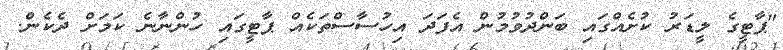
"ޕާޓީގެ ލީޑަރު ކުށެއްގައި ބަންދުވުމުން އެފަދަ އިހުސާސްތަކެއް ޕާޓީގައި ހުންނާނެ ކަމަށް ދެކެން.